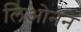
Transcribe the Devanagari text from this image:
लिओनन